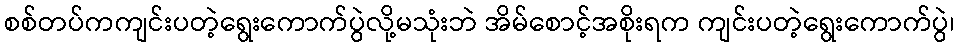
စစ်တပ်ကကျင်းပတဲ့ရွေးကောက်ပွဲလို့မသုံးဘဲ အိမ်စောင့်အစိုးရက ကျင်းပတဲ့ရွေးကောက်ပွဲ၊